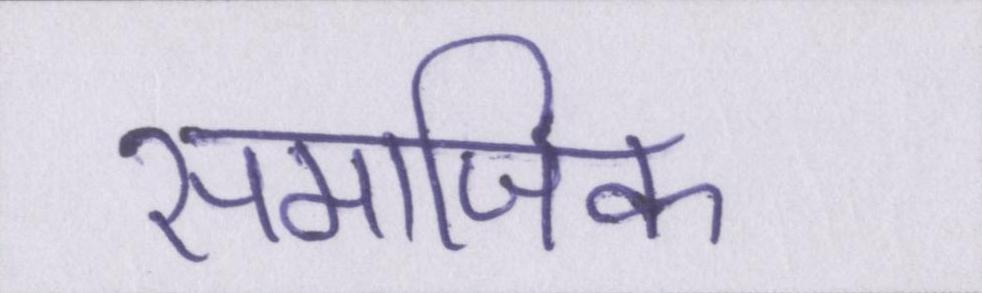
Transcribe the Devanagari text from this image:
समाजिक